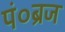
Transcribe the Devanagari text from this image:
पं०ब्रज